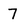
Character: 7